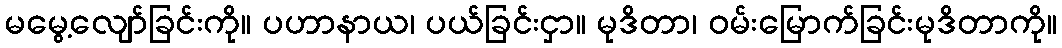
မမွေ့လျော်ခြင်းကို။ ပဟာနာယ၊ ပယ်ခြင်းငှာ။ မုဒိတာ၊ ဝမ်းမြောက်ခြင်းမုဒိတာကို။